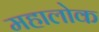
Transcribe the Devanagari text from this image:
महालोक